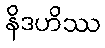
နိဒဟိဿ